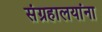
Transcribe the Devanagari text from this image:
संग्रहालयांना